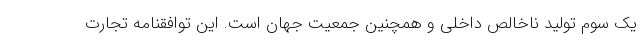
یک سوم تولید ناخالص داخلی و همچنین جمعیت جهان است. این توافقنامه تجارت